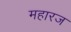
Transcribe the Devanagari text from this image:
महारज